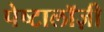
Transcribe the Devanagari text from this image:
पेष्टालॉज़ी